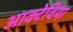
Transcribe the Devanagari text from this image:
आक्टेविया